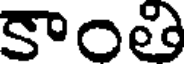
కాంతి